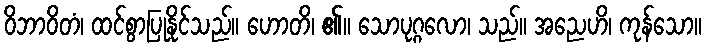
ဝိဘာဝိတံ၊ ထင်စွာပြုနိုင်သည်။ ဟောတိ၊ ၏။ သောပုဂ္ဂလော၊ သည်။ အညေဟိ၊ ကုန်သော။